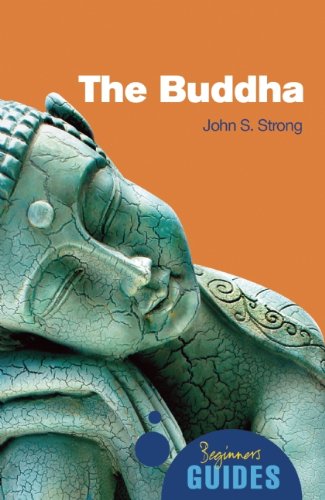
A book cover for The Buddha: A Beginner's Guide (Beginner's Guides); John S. Strong; Religion & Spirituality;